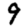
Digit: 9